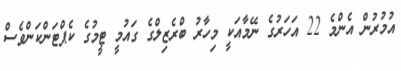
އުމުރުން އެންމެ 22 އަހަރުގެ ނޭމާއަކީ މިހާރު ބްރެޒިލްގެ ގައުމީ ޓީމުގެ ކެޕްޓަންކަންވެސް